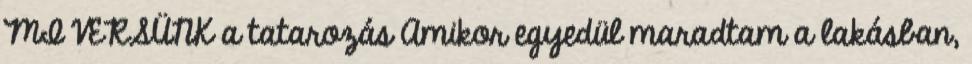
MI VERSÜNK a tatarozás Amikor egyedül maradtam a lakásban,